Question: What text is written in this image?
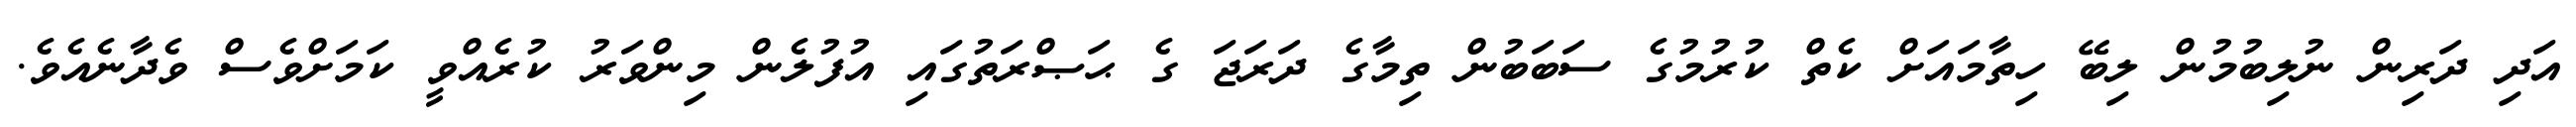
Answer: އަދި ދަރިން ނުލިބުމުން ލިބޭ ހިތާމައަށް ކެތް ކުރުމުގެ ސަބަބުން ތިމާގެ ދަރަޖަ ގެ ޙަޞްރަތުގައި އުފުލެން މިންވަރު ކުރެއްވީ ކަމަށްވެސް ވެދާނެއެވެ.